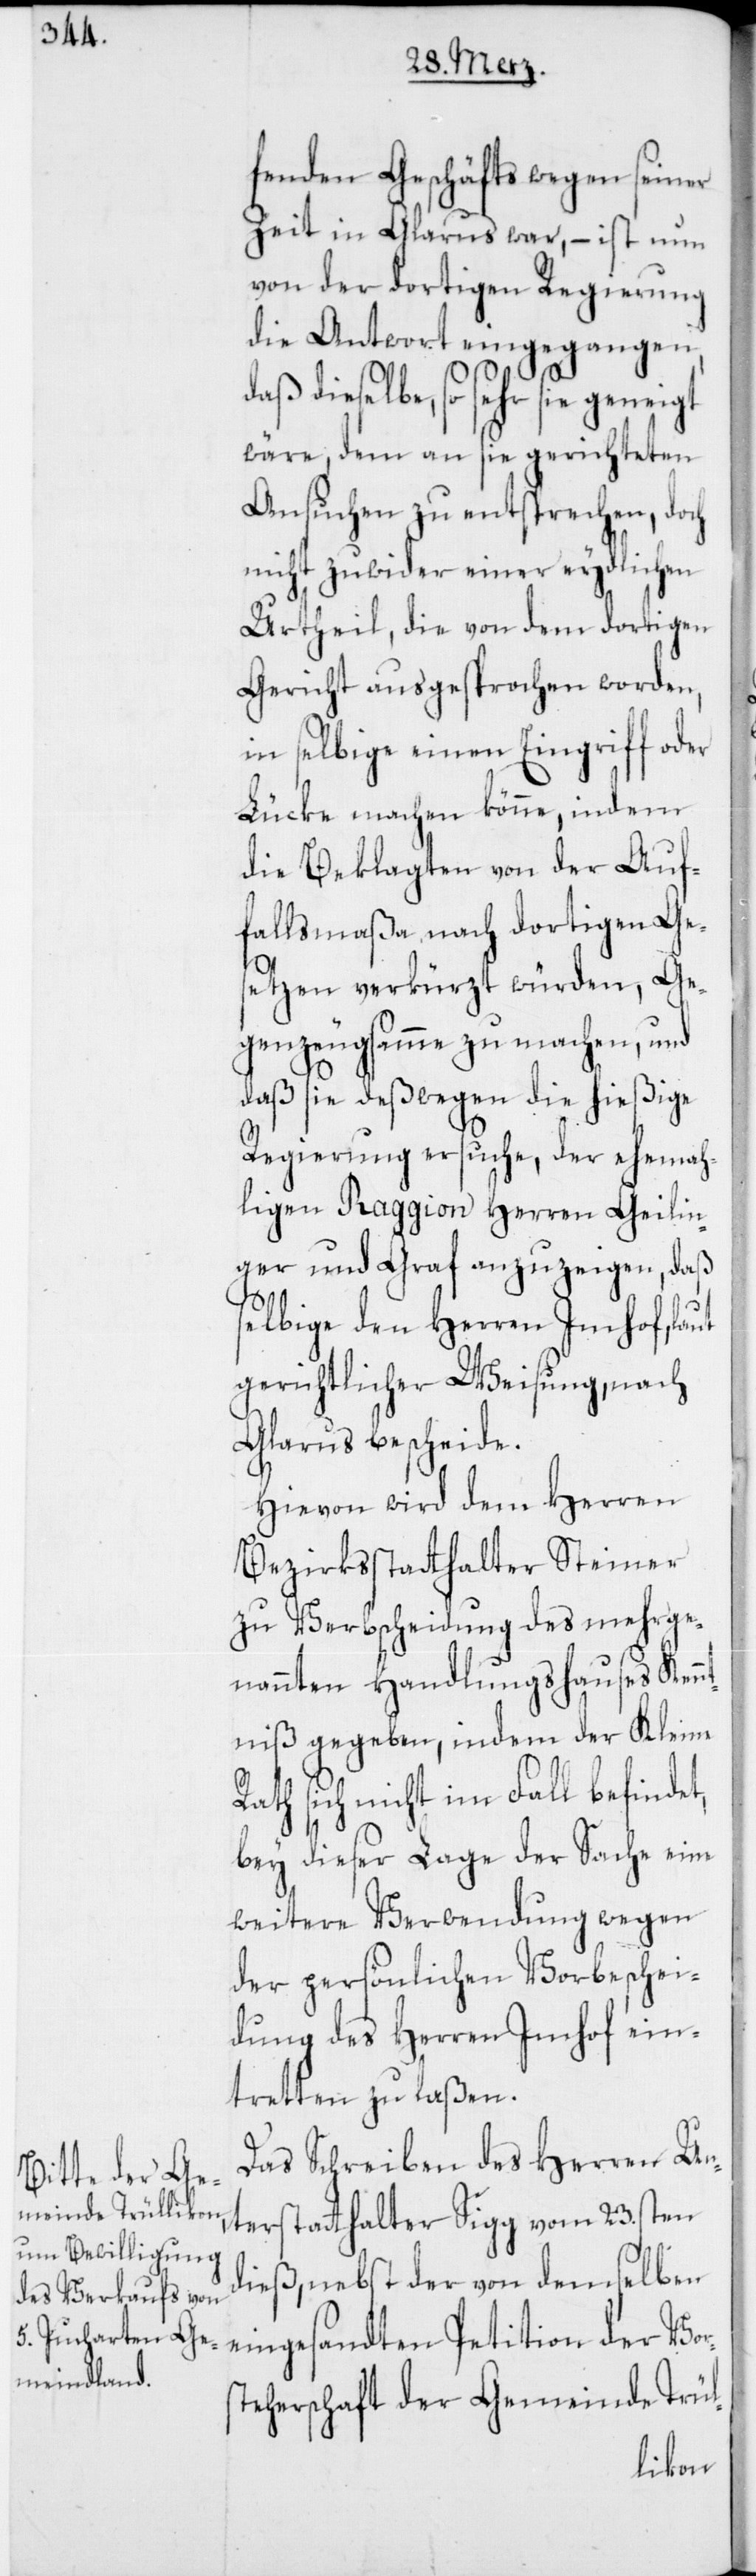
fenden Geschäfts wegen seiner
Zeit in Glarus war, – ist nun
von der dortigen Regierung
die Antwort eingegangen,
daß dieselbe, so sehr sie geneigt
wäre, dem an sie gerichteten
Ansuchen zu entsprechen, doch
nicht zuwider einer eydlichen
Urtheil, die von dem dortigen
Gericht ausgesprochen worden,
in selbige einen Eingriff oder
Lücke machen könne, indem
die Beklagten von der Auf¬
fallsmaßa nach dortigen Ge¬
setzen verkürzt würden, Ge¬
genzeugsamme zu machen, und
daß sie deßwegen die hießige
Regierung ersuche, der ehemah¬
ligen Raggion Herren Geilin¬
ger & Graf anzuzeigen, daß
selbige den Herren Imhof
gerichtlicher Weisung, nach
Glarus bescheide.
Hievon wird dem Herren
Bezirksstatthalter Steiner
zu Verbscheidung des mehrge¬
nannten Handlungshauses Kenn¬
tniß gegeben, indem der Kleine
Rath sich nicht im Fall befindet,
bey dieser Lage der Sache eine
weitere Verwendung wegen
der persönlichen Vorbeschei¬
dung des Herren Imhof ein¬
tretten zu laßen.
Das Schreiben des Herren Un¬
terstatthalter Sigg vom 23.sten
dieß, nebst der von demselben
eingesandten Petition der Vors¬
teherschaft der Gemeinde Trül-